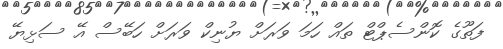
ފަތޫގެ ކޮންސެޕްޓް ތައް ހަމަ ވަރަށް ޔުނިކް ވަރަށް ހަބޭސް އޭ ސަޅިޔޭ